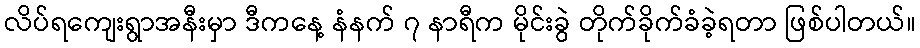
လိပ်ရကျေးရွာအနီးမှာ ဒီကနေ့ နံနက် ၇ နာရီက မိုင်းခွဲ တိုက်ခိုက်ခံခဲ့ရတာ ဖြစ်ပါတယ်။